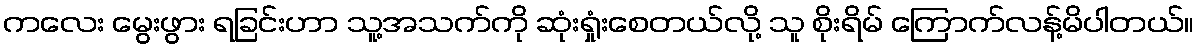
ကလေး မွေးဖွား ရခြင်းဟာ သူ့အသက်ကို ဆုံးရှုံးစေတယ်လို့ သူ စိုးရိမ် ကြောက်လန့်မိပါတယ်။